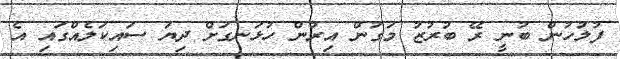
ފުލުހުން ބުނީ ރޭ ބުރުޒު މަގުން އިރުން ހުޅަނގަށް ދިޔަ ސައިކަލެއްގައި އެ